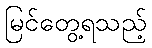
မြင်တွေ့ရသည့်